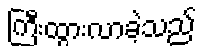
ကြီးထွားလာခဲ့သည်